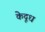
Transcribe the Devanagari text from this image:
केदूध